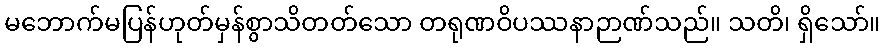
မဘောက်မပြန်ဟုတ်မှန်စွာသိတတ်သော တရုဏဝိပဿနာဉာဏ်သည်။ သတိ၊ ရှိသော်။